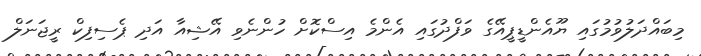
މިބައްދަލުވުމުގައި ޔޫއެންޑީޕީއޭގެ ވަފްދުގައި އެންމެ އިސްކޮށް ހުންނެވި އޭޝިއާ އަދި ޕެސިފިކް ރީޖަނަލް